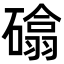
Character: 𮁈